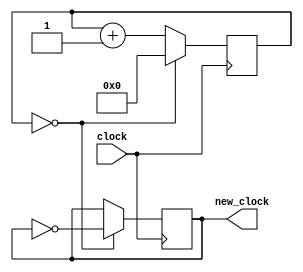
module clock_divider(output reg new_clock, input clock);
	parameter divider = 32'd1;
	
	reg [31:0] counter;
	
	initial begin
		counter <= 32'd0;
		new_clock <= 1'b0;
	end
	
	always @(posedge clock)
		if (counter == divider / 2) begin
			counter <= 0;
			new_clock <= ~new_clock;
		end
		else
			counter <= counter + 1;
endmodule